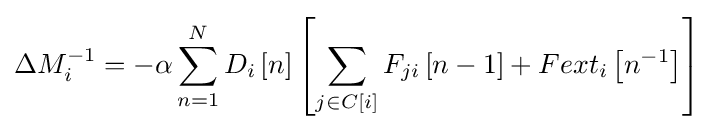
\Delta M_{i}^{-1}=-\alpha \sum _{n=1}^{N}D_{i}\left[n\right]\left[\sum _{j\in C\left[i\right]}^{}F_{ji}\left[n-1\right]+Fext_{i}\left[n^{-1}\right]\right]